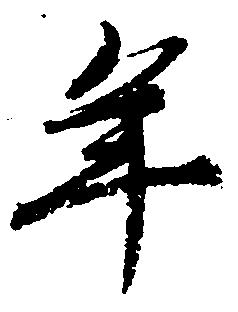
年